Plague in India, 1896, 1897 - Volume 1
Year: 1896
Disease focus: Plague
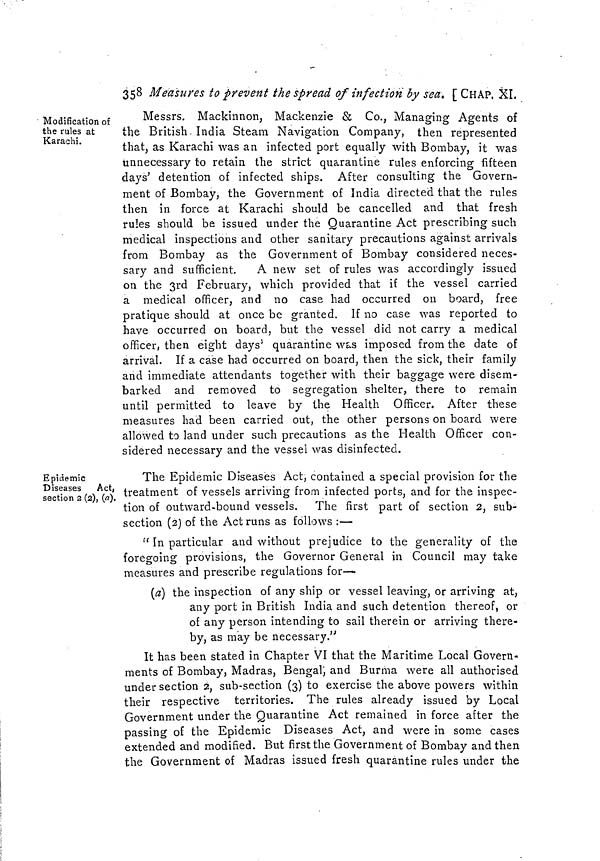
358 Measures to prevent the spread of infection by sea. [ CHAP, XI.
Modification of
the rules at
Karachi.
Messrs. Mackinnon, Mackenzie & Co., Managing Agents of
the British. India Steam Navigation Company, then represented
that, as Karachi was an infected port equally with Bombay, it was
unnecessary to retain the strict quarantine rules enforcing fifteen
days' detention of infected ships. After consulting the Govern-
ment of Bombay, the Government of India directed that the rules
then in force at Karachi should be cancelled and that fresh
rules should be issued under the Quarantine Act prescribing such
medical inspections and other sanitary precautions against arrivals
from Bombay as the Government of Bombay considered neces-
sary and sufficient.
A new set of rules was accordingly issued
on the 3rd February, which provided that if the vessel carried
a medical officer, and no case had occurred on board, free
pratique should at once be granted. If no case was reported to
have occurred on board, but the vessel did not carry a medical
officer, then eight days' quarantine was imposed from the date of
arrival. If a case had occurred on board, then the sick, their family
and immediate attendants together with their baggage were disem-
barked and removed to segregation shelter, there to remain
until permitted to leave by the Health Officer. After these
measures had been carried out, the other persons on board were
allowed to land under such precautions as the Health Officer con-
sidered necessary and the vessel was disinfected.
Epidemic
Diseases
Act,
section 2 (2), (a).
The Epidemic Diseases Act, contained a special provision for the
treatment of vessels arriving from infected ports, and for the inspec-
tion of outward-bound vessels. The first part of section 2, sub-
section (2) of the Act runs as follows :—
" In particular and without prejudice to the generality of the
foregoing provisions, the Governor General in Council may take
measures and prescribe regulations for—
(a) the inspection of any ship or vessel leaving, or arriving at,
any port in British India and such detention thereof, or
of any person intending to sail therein or arriving there-
by, as may be necessary."
It has been stated in Chapter VI that the Maritime Local Govern-
ments of Bombay, Madras, Bengal; and Burma were all authorised
under section 2, sub-section (3) to exercise the above powers within
their respective territories. The rules already issued by Local
Government under the Quarantine Act remained in force after the
passing of the Epidemic Diseases Act, and were in some cases
extended and modified. But first the Government of Bombay and then
the Government of Madras issued fresh quarantine rules under the